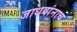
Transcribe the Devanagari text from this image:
जाधवांनाच